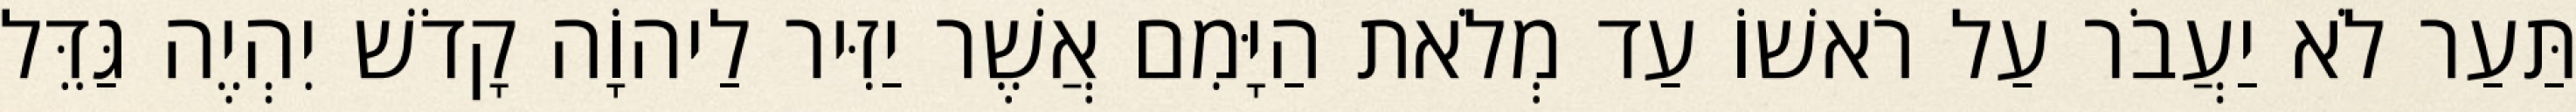
תַּעַר לֹא יַעֲבֹר עַל רֹאשׁוֹ עַד מְלֹאת הַיָּמִם אֲשֶׁר יַזִּיר לַיהוָֹה קָדֹשׁ יִהְיֶה גַּדֵּל